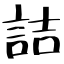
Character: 詰